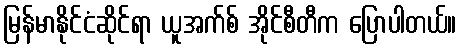
မြန်မာနိုင်ငံဆိုင်ရာ ယူအက်စ် အိုင်စီတီက ပြောပါတယ်။